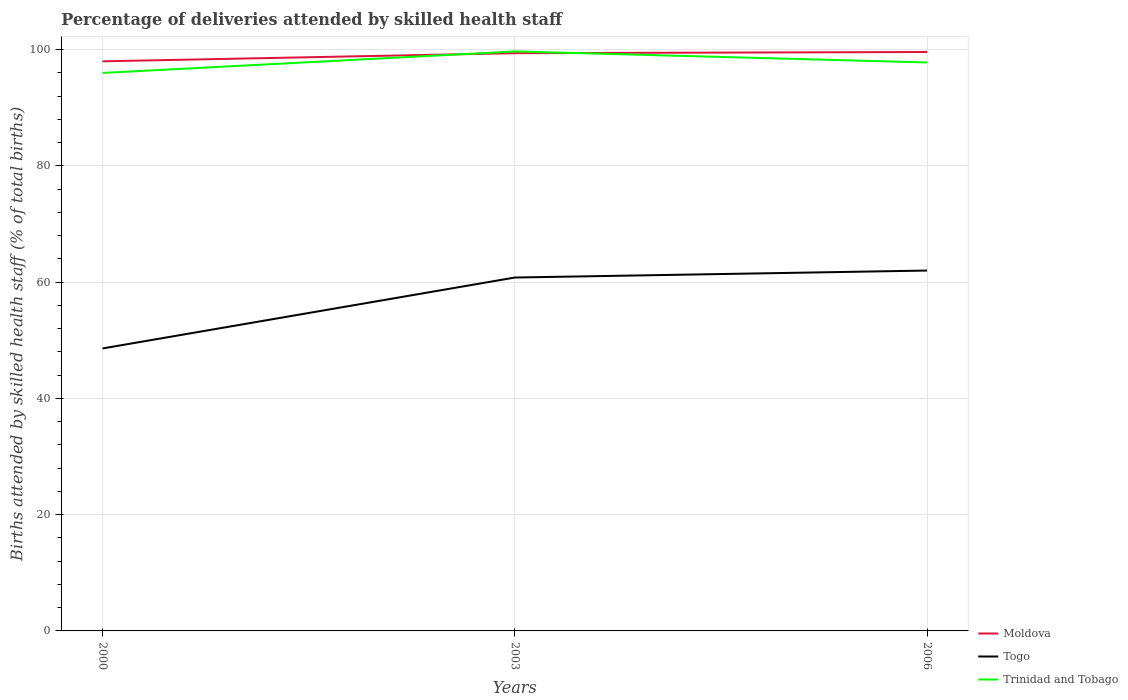
| Years | Moldova | Togo | Trinidad and Tobago |
 | --- | --- | --- | --- |
 | 2000 | 98 | 48.6 | 96 |
 | 2003 | 99.4 | 60.8 | 99.7 |
 | 2006 | 99.6 | 62 | 97.8 |